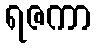
ရဇကာ